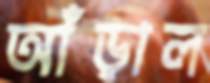
আঁড়াল